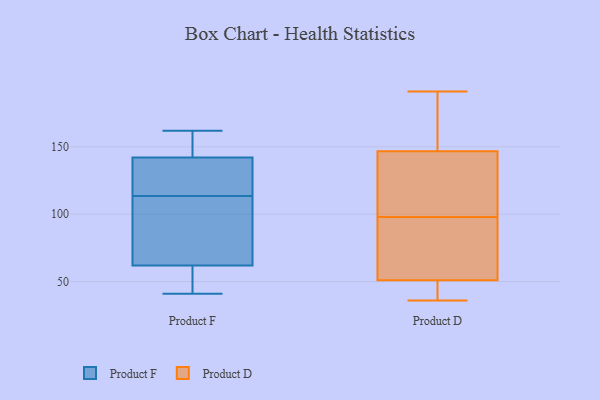
{"axis": {"x": "Headcount", "y": "Value"}, "legend": ["Product D", "Product F"], "data": [{"x": "", "y": 97, "type": "Product F"}, {"x": "", "y": 142, "type": "Product F"}, {"x": "", "y": 62, "type": "Product F"}, {"x": "", "y": 41, "type": "Product F"}, {"x": "", "y": 131, "type": "Product F"}, {"x": "", "y": 48, "type": "Product F"}, {"x": "", "y": 95, "type": "Product F"}, {"x": "", "y": 130, "type": "Product F"}, {"x": "", "y": 150, "type": "Product F"}, {"x": "", "y": 162, "type": "Product F"}, {"x": "", "y": 153, "type": "Product D"}, {"x": "", "y": 48, "type": "Product D"}, {"x": "", "y": 95, "type": "Product D"}, {"x": "", "y": 98, "type": "Product D"}, {"x": "", "y": 77, "type": "Product D"}, {"x": "", "y": 84, "type": "Product D"}, {"x": "", "y": 36, "type": "Product D"}, {"x": "", "y": 100, "type": "Product D"}, {"x": "", "y": 146, "type": "Product D"}, {"x": "", "y": 52, "type": "Product D"}, {"x": "", "y": 159, "type": "Product D"}, {"x": "", "y": 43, "type": "Product D"}, {"x": "", "y": 113, "type": "Product D"}, {"x": "", "y": 191, "type": "Product D"}, {"x": "", "y": 134, "type": "Product D"}, {"x": "", "y": 149, "type": "Product D"}, {"x": "", "y": 45, "type": "Product D"}]}